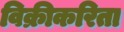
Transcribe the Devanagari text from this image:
विक्रीकरिता